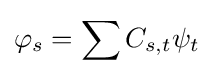
\varphi _{s}=\sum C_{s,t}\psi _{t}